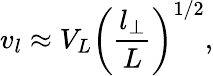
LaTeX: v_{l}\approx V_{L}\left(\frac{l_{\perp}}{L}\right)^{1/2},